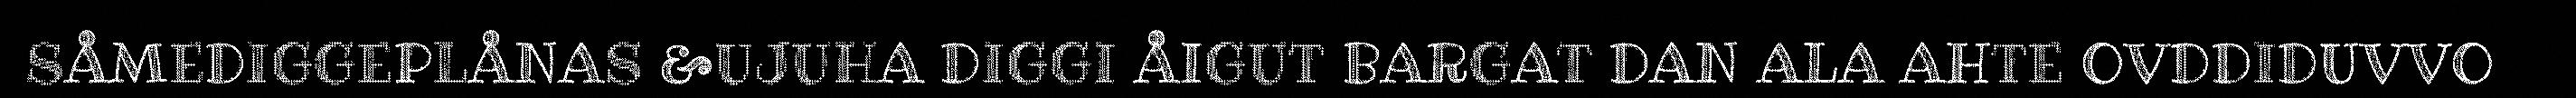
SÅMEDIGGEPLÅNAS &UJUHA DIGGI ÅIGUT BARGAT DAN ALA AHTE OVDDIDUVVO